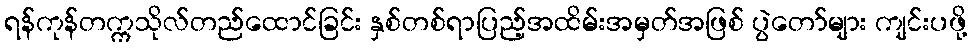
ရန်ကုန်တက္ကသိုလ်တည်ထောင်ခြင်း နှစ်တစ်ရာပြည့်အထိမ်းအမှတ်အဖြစ် ပွဲတော်များ ကျင်းပဖို့